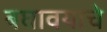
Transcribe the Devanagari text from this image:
बघावयाचे